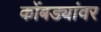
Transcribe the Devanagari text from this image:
कोंबड्यांवर